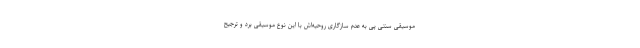
موسیقی سنتی پی به عدم سازگاری روحیه‌اش با این نوع موسیقی برد و ترجیح